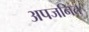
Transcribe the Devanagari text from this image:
अपजनित